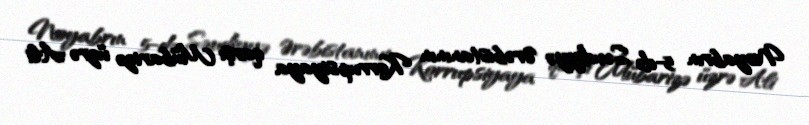
Noyabrın 5-də Səudiyyə Ərəbistanının Korrupsiyaya qarşı Mübarizə üzrə Ali